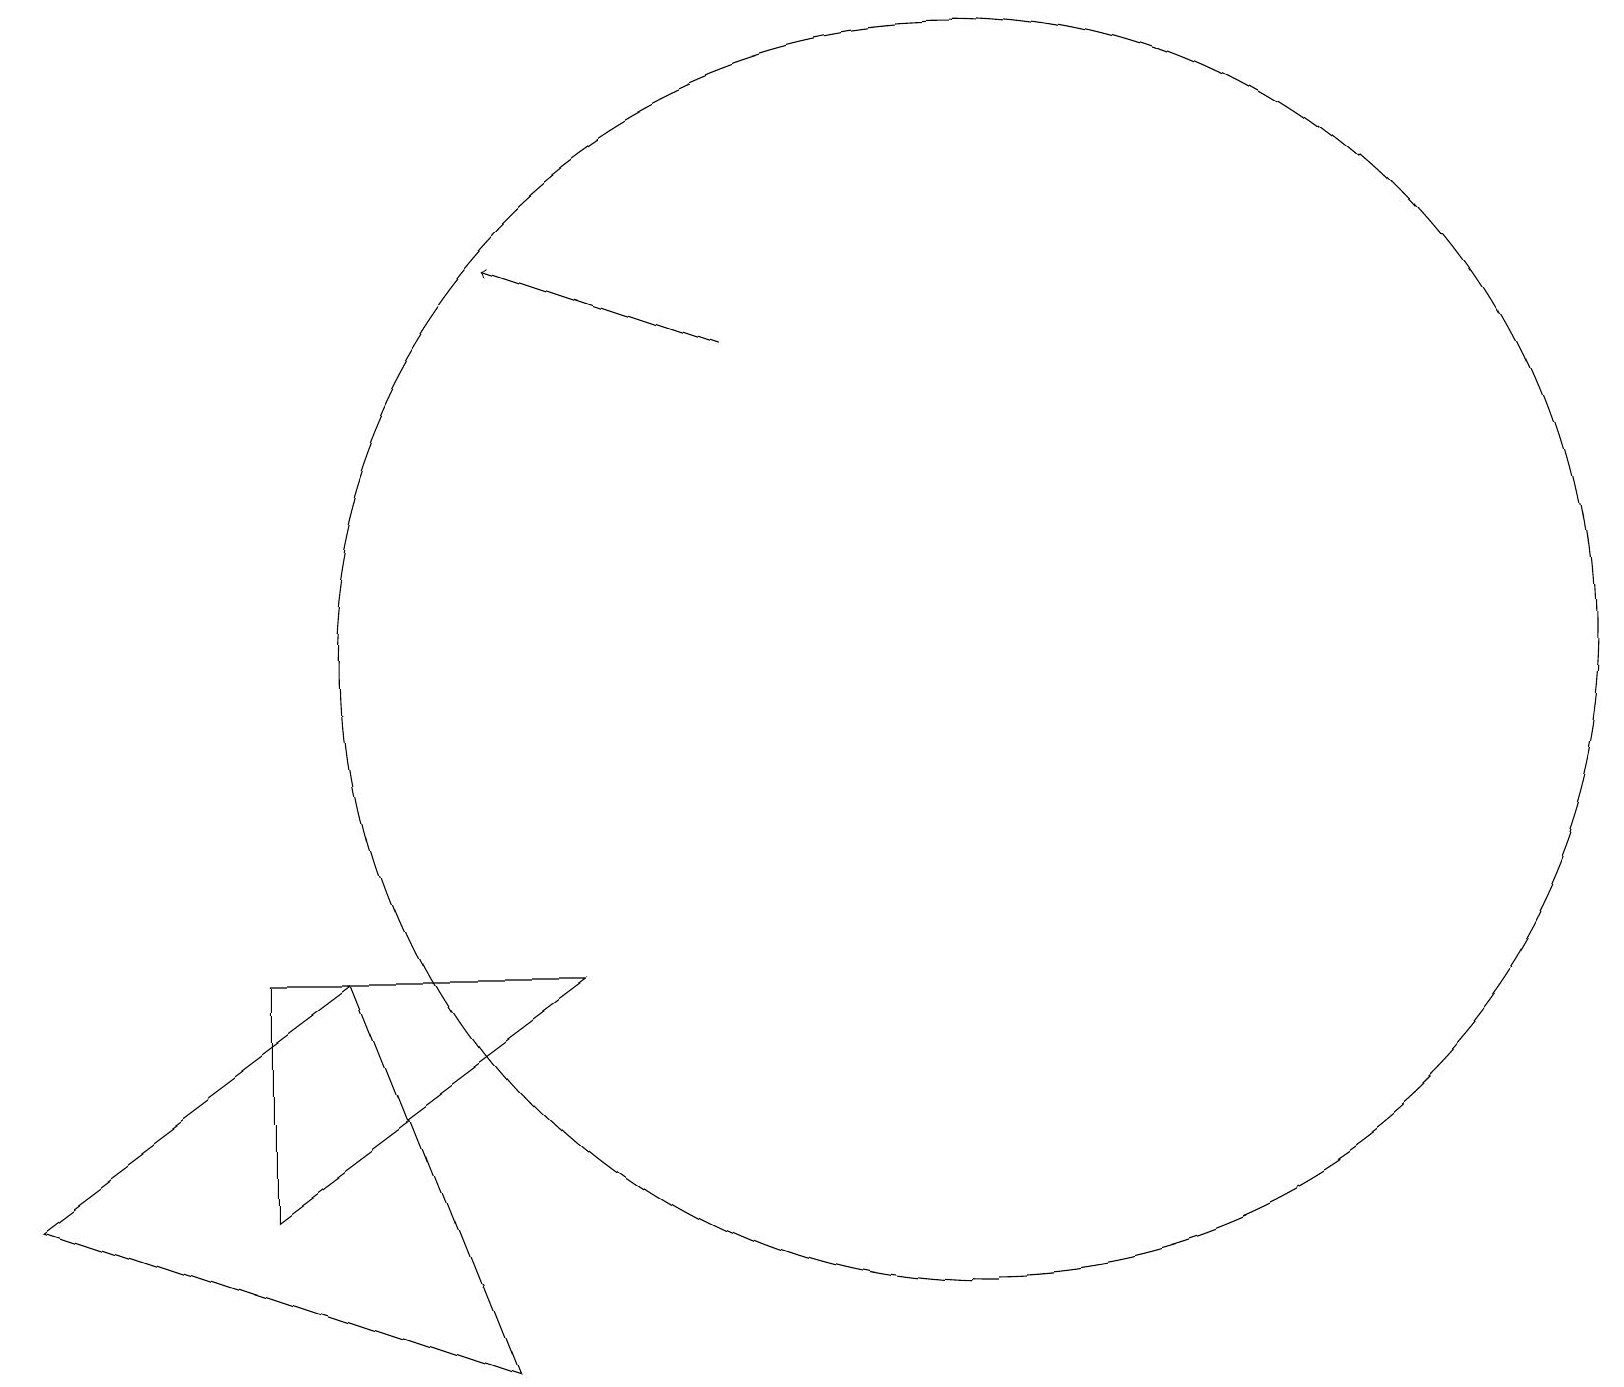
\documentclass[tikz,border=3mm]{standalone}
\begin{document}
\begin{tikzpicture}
\draw (11,11) circle (0);
\draw (3,7) -- (3,4) -- (7,7) -- cycle;
\draw[->] (9,15) -- (6,16);
\draw (12,11) circle (8);
\draw (0,4) -- (6,2) -- (4,7) -- cycle;
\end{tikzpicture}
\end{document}